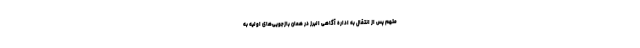
متهم پس از انتقال به اداره آگاهی البرز در همان بازجویی‌های اولیه به